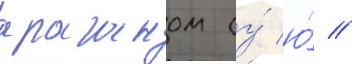
араганом (у́ ю́ //